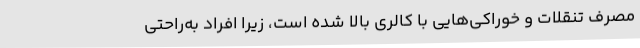
مصرف تنقلات و خوراکی‌هایی با کالری بالا شده است، زیرا افراد به‌راحتی